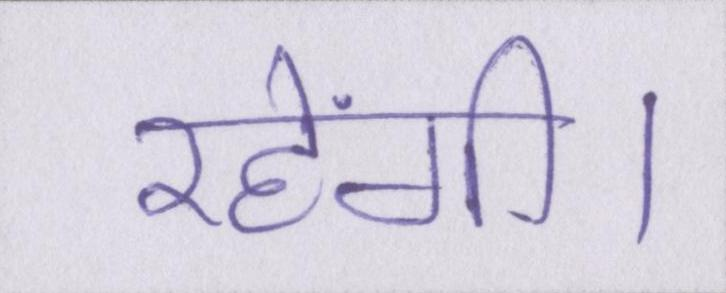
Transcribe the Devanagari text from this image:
रहेंगी।